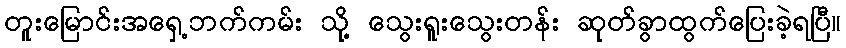
တူးမြောင်းအရှေ့ဘက်ကမ်း သို့ သွေးရူးသွေးတန်း ဆုတ်ခွာထွက်ပြေးခဲ့ရပြီ။